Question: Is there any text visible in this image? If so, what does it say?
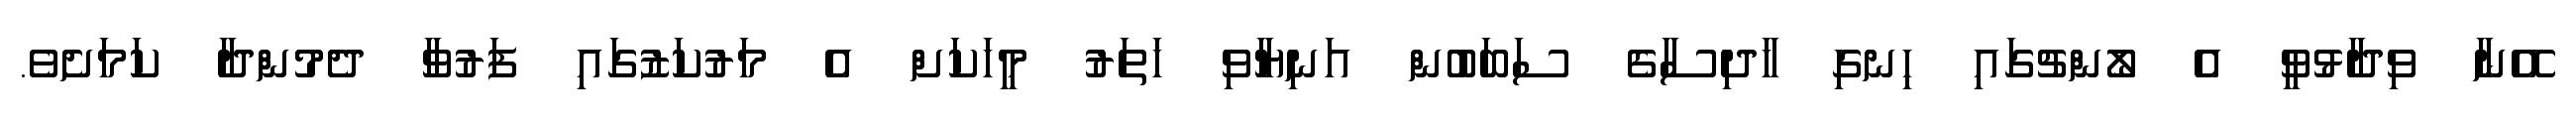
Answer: އޭނާ ވިދާޅުވީ އެ ލޯންޗުގައި ހިނގި ހާދިސާގެ ސަބަބުން އަނިޔާވި ހަތަރު މީހަކަށް އެ މަރުކަޒުގައި ފަރުވާ ދެމުންދާ ކަމަށެވެ.